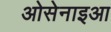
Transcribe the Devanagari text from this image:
ओसेनाइआ